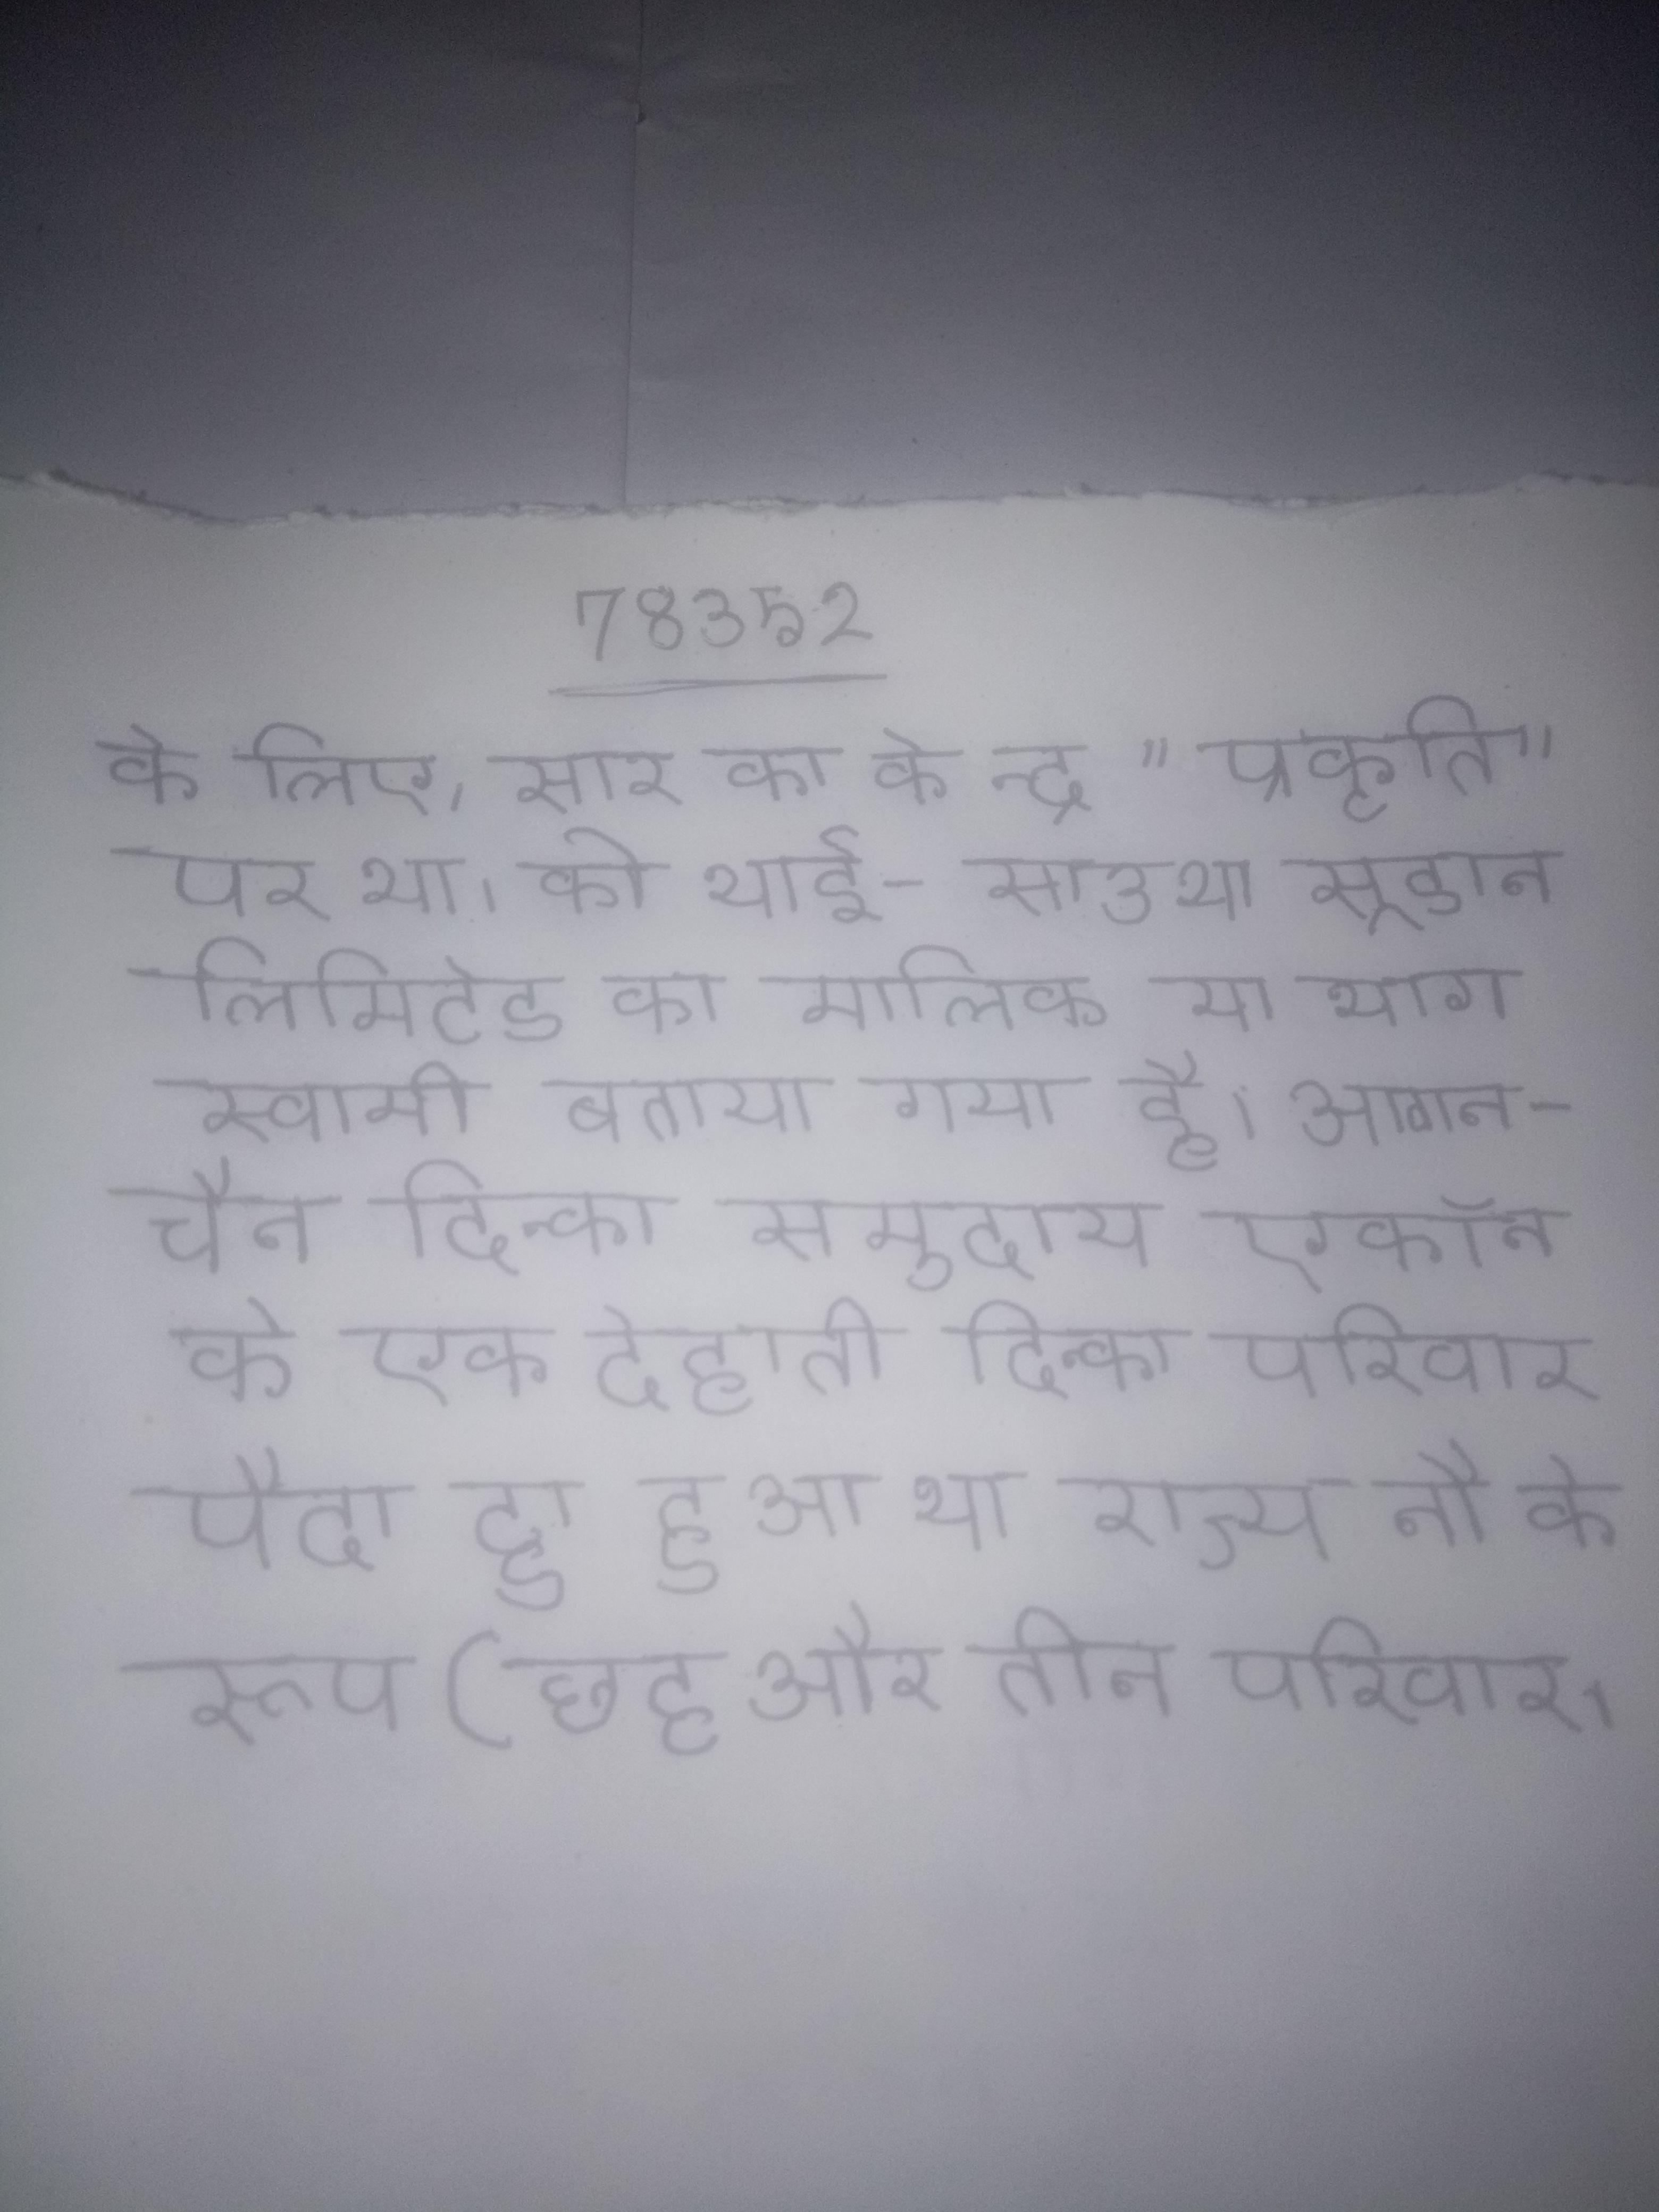
आयोग निर्माण करने के आदि की व्याख्या करनेवाले इस अधिकारपत्र को निर्देश कहते । आयोग तैयार करने, के लिए उत्तरदायी है की की योजना बनाना शामिल है ताकि और चयन को रूप से चलाया जा सके । आयोग ने के पहले अकाल आयोग द्वारा अकाल राहत के व्यापक की पुष्टि की, लेकिन कार्यान्वयन कई बदलाव किए ।